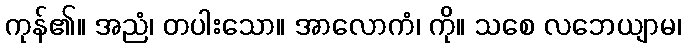
ကုန်၏။ အညံ၊ တပါးသော။ အာလောကံ၊ ကို။ သစေ လဘေယျာမ၊